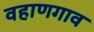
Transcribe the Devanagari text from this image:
वहाणगाव